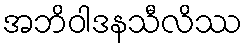
အဘိဝါဒနသီလိဿ